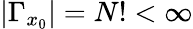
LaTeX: |\Gamma_{x_{0}}|=N!<\infty